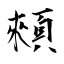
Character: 顂